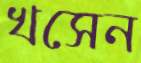
খসেন